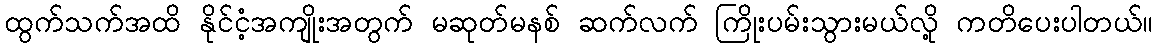
ထွက်သက်အထိ နိုင်ငံ့အကျိုးအတွက် မဆုတ်မနစ် ဆက်လက် ကြိုးပမ်းသွားမယ်လို့ ကတိပေးပါတယ်။